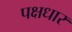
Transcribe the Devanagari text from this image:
पक्षधार